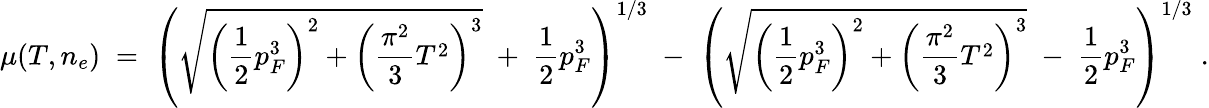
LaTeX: {\mu(T,n_{e})\; =\; \left(\sqrt{\left({\frac{1}{2}}p_{F}^{3}\right)^{2}+\left({\frac{\pi^{2}}{3}}T^{2}\right)^{3}}\; +\; {\frac{1}{2}}p_{F}^{3}\right)^{1/3}\; -\; \left(\sqrt{\left({\frac{1}{2}}p_{F}^{3}\right)^{2}+\left({\frac{\pi^{2}}{3}}T^{2}\right)^{3}}\; -\; {\frac{1}{2}}p_{F}^{3}\right)^{1/3}\; .}